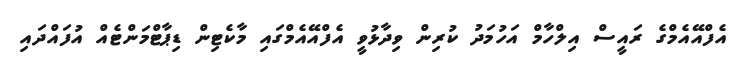
އެފްއޭއެމްގެ ރައީސް އިލްހާމް އަހުމަދު ކުރިން ވިދާޅުވީ އެފްއޭއެމްގައި މާކެޓިން ޑިޕާޓްމަންޓެއް އުފައްދައި